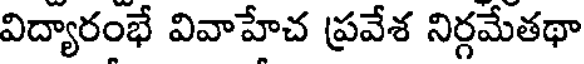
విద్యారంభే వివాహేచ ప్రవేశ నిర్గమేతథా